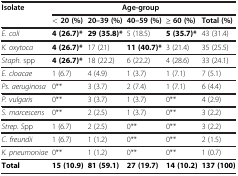
<table><thead><tr><td><b>Isolate</b></td><td colspan="5"><b>Age-group</b></td></tr><tr><td><b> </b></td><td><b>&lt; 20 (%)</b></td><td><b>20–39 (%)</b></td><td><b>40–59 (%)</b></td><td><b>≥ 60 (%)</b></td><td><b>Total (%)</b></td></tr></thead><tbody><tr><td><i>E. coli</i></td><td><b>4 (26.7)*</b></td><td><b>29 (35.8)*</b></td><td>5 (18.5)</td><td><b>5 (35.7)*</b></td><td>43 (31.4)</td></tr><tr><td><i>K. oxytoca</i></td><td><b>4 (26.7)*</b></td><td>17 (21)</td><td><b>11 (40.7)*</b></td><td>3 (21.4)</td><td>35 (25.5)</td></tr><tr><td><i>Staph.</i> spp</td><td><b>4 (26.7)*</b></td><td>18 (22.2)</td><td>6 (22.2)</td><td>4 (28.6)</td><td>33 (24.1)</td></tr><tr><td><i>E. cloacae</i></td><td>1 (6.7)</td><td>4 (4.9)</td><td>1 (3.7)</td><td>1 (7.1)</td><td>7 (5.1)</td></tr><tr><td><i>Ps. aeruginosa</i></td><td>0**</td><td>3 (3.7)</td><td>2 (7.4)</td><td>1 (7.1)</td><td>6 (4.4)</td></tr><tr><td><i>P. vulgaris</i></td><td>0**</td><td>3 (3.7)</td><td>1 (3.7)</td><td>0**</td><td>4 (2.9)</td></tr><tr><td><i>S. marcescens</i></td><td>0**</td><td>2 (2.5)</td><td>1 (3.7)</td><td>0**</td><td>3 (2.2)</td></tr><tr><td><i>Strep. S</i>pp</td><td>1 (6.7)</td><td>2 (2.5)</td><td>0**</td><td>0**</td><td>3 (2.2)</td></tr><tr><td><i>C. freundii</i></td><td>1 (6.7)</td><td>1 (1.2)</td><td>0**</td><td>0**</td><td>2 (1.5)</td></tr><tr><td><i>K. pneumoniae</i></td><td>0**</td><td>1 (1.2)</td><td>0**</td><td>0**</td><td>1 (0.7)</td></tr><tr><td><b>Total</b></td><td><b>15 (10.9)</b></td><td><b>81 (59.1)</b></td><td><b>27 (19.7)</b></td><td><b>14 (10.2)</b></td><td><b>137 (100)</b></td></tr></tbody></table>